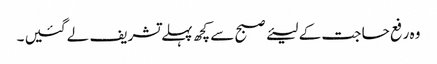
وہ رفع حا جت کے لیئے صبح سے کچھ پہلے تشریف لے گئیں ۔